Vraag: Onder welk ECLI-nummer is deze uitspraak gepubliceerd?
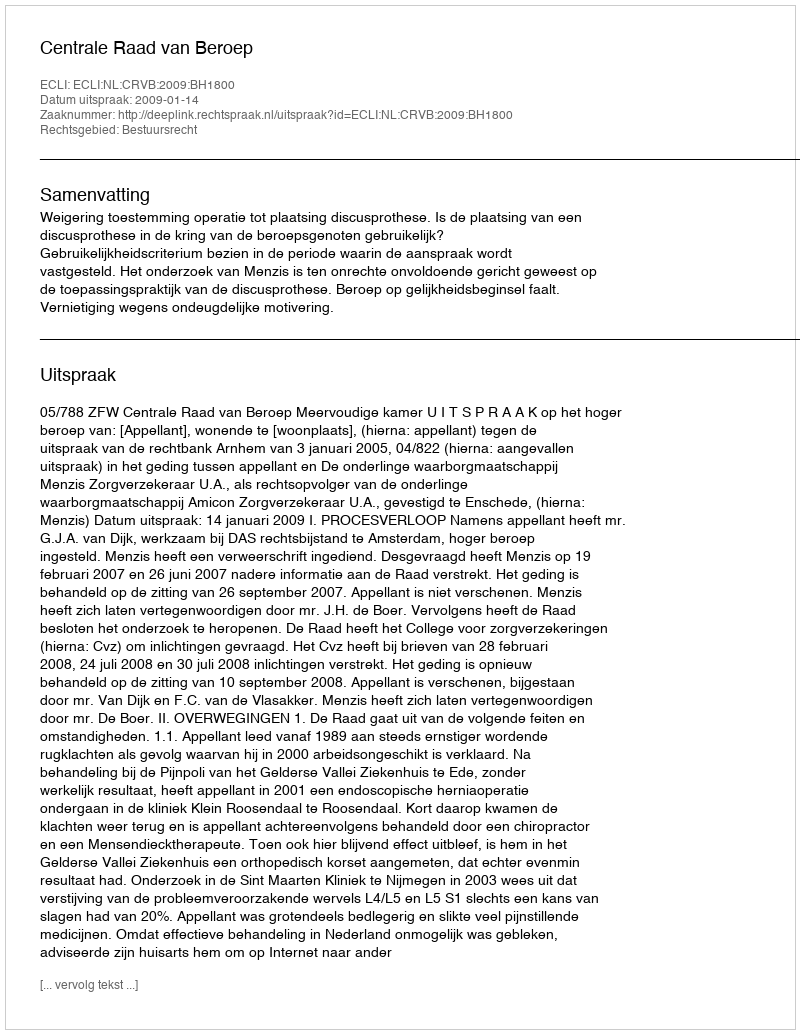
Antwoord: ECLI:NL:CRVB:2009:BH1800